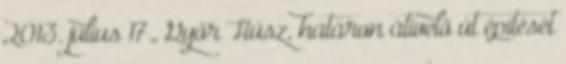
2013. július 17., Győr Húsz, határon átívelő út építését